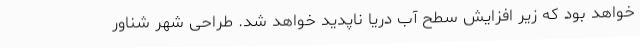
خواهد بود که زیر افزایش سطح آب دریا ناپدید خواهد شد. طراحی شهر شناور